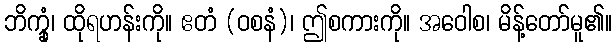
ဘိက္ခုံ၊ ထိုရဟန်းကို။ ဧတံ (ဝစနံ)၊ ဤစကားကို။ အဝေါစ၊ မိန့်တော်မူ၏။